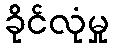
ခိုင်လုံမှု